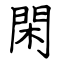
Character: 閑